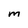
Character: M